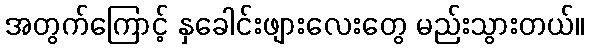
အတွက်ကြောင့် နှခေါင်းဖျားလေးတွေ မည်းသွားတယ်။